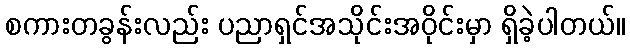
စကားတခွန်းလည်း ပညာရှင်အသိုင်းအဝိုင်းမှာ ရှိခဲ့ပါတယ်။